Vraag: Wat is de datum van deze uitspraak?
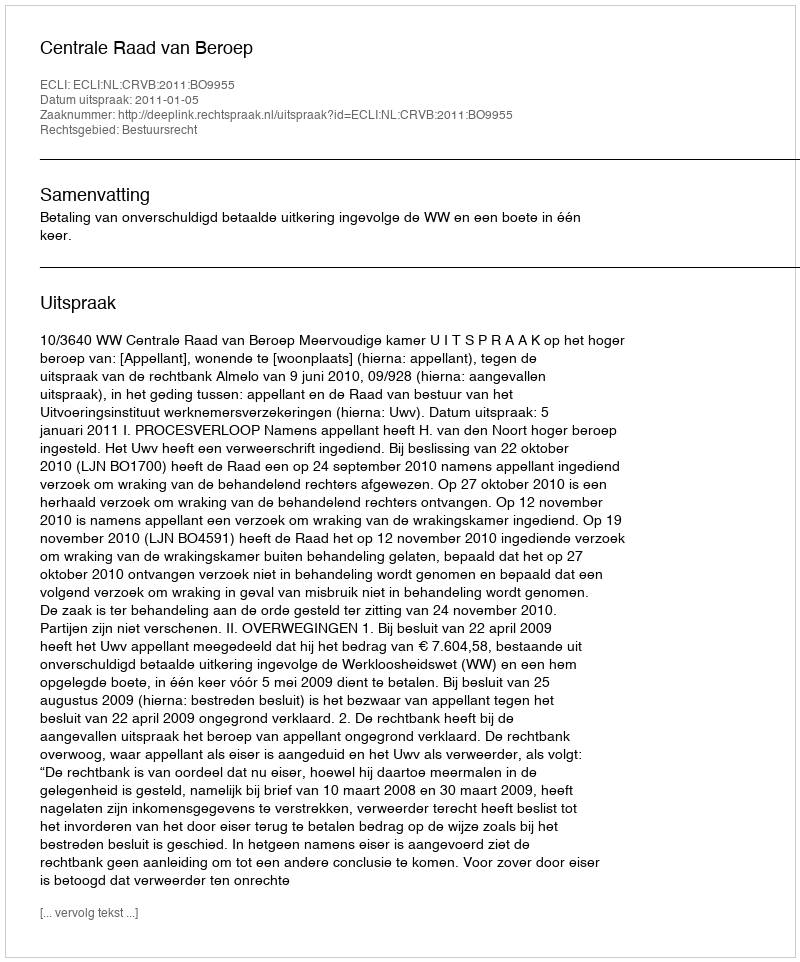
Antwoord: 2011-01-05